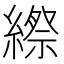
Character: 縩